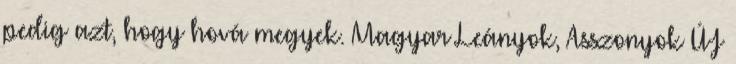
pedig azt, hogy hová megyek. Magyar Leányok, Asszonyok ÚJ